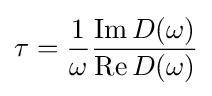
\tau ={\frac {1}{\omega }}{\frac {\operatorname {Im} D(\omega )}{\operatorname {Re} D(\omega )}}